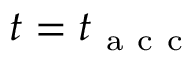
t = t _ { \mathrm { ~ a ~ c ~ c ~ } }